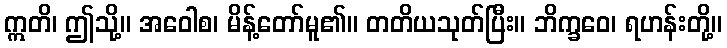
ဣတိ၊ ဤသို့။ အဝေါစ၊ မိန့်တော်မူ၏။ တတိယသုတ်ပြီး။ ဘိက္ခဝေ၊ ရဟန်းတို့။